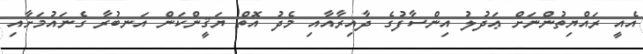
އެއީ ރައްޔިތުންނަށް ޢަދުލު އިންސާފުގެ ދާއިރާއާއި މެދު އޮތް ޔަޤީންކަން އަނބުރާ ގެނައުމަށާއި